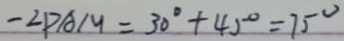
- \angle P A M = 3 0 ^ { \circ } + 4 5 ^ { \circ } = 7 5 ^ { \circ }